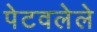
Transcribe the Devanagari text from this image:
पेटवलेले